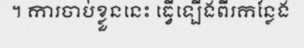
។ ការចាប់ខ្លួននេះ ធ្វើឡើងពីរកន្លែង